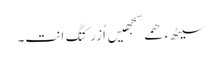
سیٹھءَ ھمے سجھیں اُزرکتگ اَنت۔